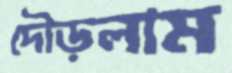
দৌড়লাম